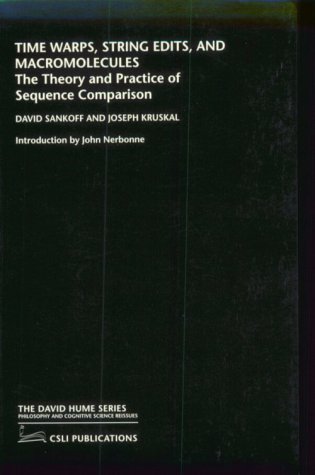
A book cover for Time Warps, String Edits, and Macromolecules: The Theory and Practice of Sequence Comparison; David Sankoff; Computers & Technology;